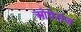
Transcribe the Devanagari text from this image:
ओपेराज